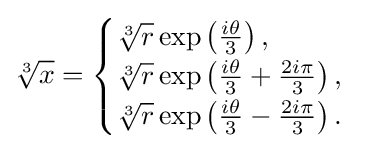
{\sqrt[{3}]{x}}={\begin{cases}{\sqrt[{3}]{r}}\exp \left({\frac {i\theta }{3}}\right),\\{\sqrt[{3}]{r}}\exp \left({\frac {i\theta }{3}}+{\frac {2i\pi }{3}}\right),\\{\sqrt[{3}]{r}}\exp \left({\frac {i\theta }{3}}-{\frac {2i\pi }{3}}\right).\end{cases}}